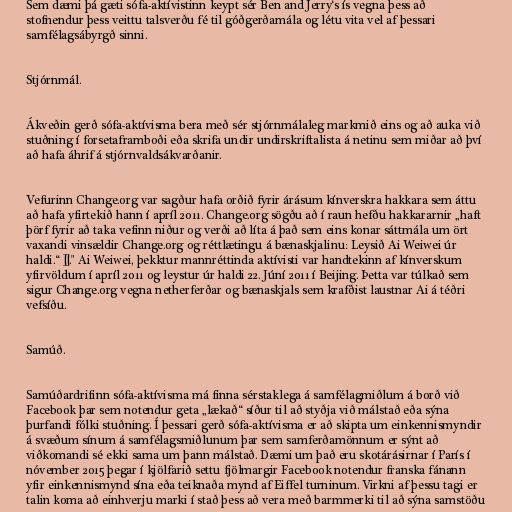
Sem dæmi þá gæti sófa-aktívistinn keypt sér Ben and Jerry‘s ís vegna þess að
stofnendur þess veittu talsverðu fé til góðgerðamála og létu vita vel af þessari
samfélagsábyrgð sinni.

Stjórnmál.

Ákveðin gerð sófa-aktívisma bera með sér stjórnmálaleg markmið eins og að auka við
stuðning í forsetaframboði eða skrifa undir undirskriftalista á netinu sem miðar að því
að hafa áhrif á stjórnvaldsákvarðanir.

Vefurinn Change.org var sagður hafa orðið fyrir árásum kínverskra hakkara sem áttu
að hafa yfirtekið hann í apríl 2011. Change.org sögðu að í raun hefðu hakkararnir „haft
þörf fyrir að taka vefinn niður og verði að líta á það sem eins konar sáttmála um ört
vaxandi vinsældir Change.org og réttlætingu á bænaskjalinu: Leysið Ai Weiwei úr
haldi.“ ]]." Ai Weiwei, þekktur mannréttinda aktívisti var handtekinn af kínverskum
yfirvöldum í apríl 2011 og leystur úr haldi 22. Júní 2011 í Beijing. Þetta var túlkað sem
sigur Change.org vegna netherferðar og bænaskjals sem krafðist laustnar Ai á téðri
vefsíðu.

Samúð.

Samúðardrifinn sófa-aktívisma má finna sérstaklega á samfélagmiðlum á borð við
Facebook þar sem notendur geta „lækað“ síður til að styðja við málstað eða sýna
þurfandi fólki stuðning. Í þessari gerð sófa-aktívisma er að skipta um einkennismyndir
á svæðum sínum á samfélagsmiðlunum þar sem samferðamönnum er sýnt að
viðkomandi sé ekki sama um þann málstað. Dæmi um það eru skotárásirnar í París í
nóvember 2015 þegar í kjölfarið settu fjölmargir Facebook notendur franska fánann
yfir einkennismynd sína eða teiknaða mynd af Eiffel turninum. Virkni af þessu tagi er
talin koma að einhverju marki í stað þess að vera með barmmerki til að sýna samstöðu